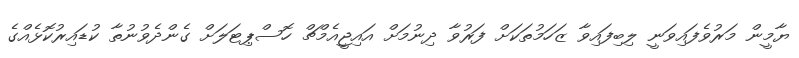
ޔާމީން މަރުވެފައިވަނީ ލިބިފައިވާ ޒަހަމުތަކަށް ފަރުވާ ދިނުމަށް އައިޖީއެމްޗް ހޮސްޕިޓަލަށް ގެންދެވުނުތާ ކުޑައިރުކޮޅެއްގެ